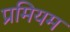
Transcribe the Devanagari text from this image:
प्रमियम